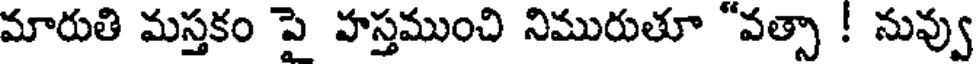
మారుతి మస్తకం పై హస్తముంచి నిమురుతూ "వత్సా ! నువ్వు